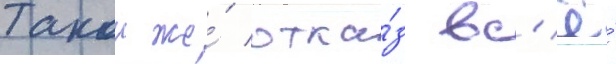
Такои же́ отка́з вс'ё́